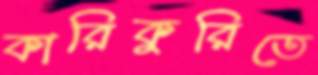
কারিকুরিতে